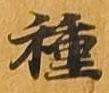
種